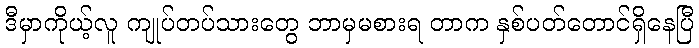
ဒီမှာကိုယ့်လူ ကျုပ်တပ်သားတွေ ဘာမှမစားရ တာက နှစ်ပတ်တောင်ရှိနေပြီ